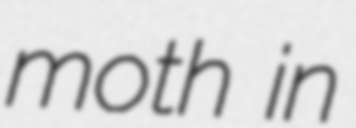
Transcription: moth in